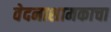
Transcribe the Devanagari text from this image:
वेदनाशामकाचा